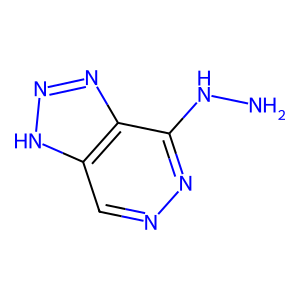
SMILES: NNc1nncc2[nH]nnc12
Inhibits HIV replication: No